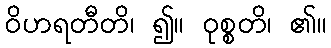
ဝိဟရတီတိ၊ ၍။ ဝုစ္စတိ၊ ၏။